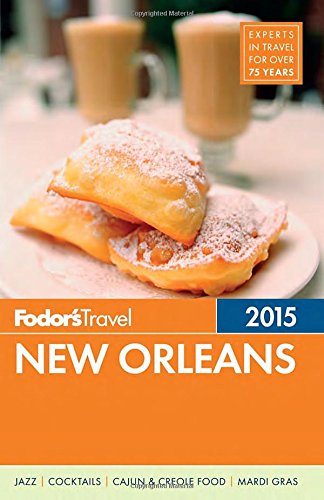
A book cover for Fodor's New Orleans 2015 (Full-color Travel Guide); Fodor's; Travel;